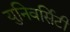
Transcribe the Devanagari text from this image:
युनिवर्सिटी